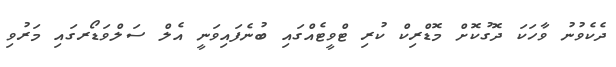
ދެކެވުނު ވާހަކަ ދޮގުކޮށް މޮޑްރިކް ކުރި ޓްވީޓެއްގައި ބުނެފައިވަނީ އެލް ސަލްވަޑޯރގައި މަރުވި